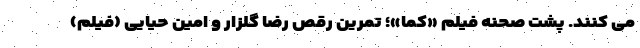
می کنند. پشت صحنه فیلم «کما»؛ تمرین رقص رضا گلزار و امین حیایی (فیلم)